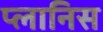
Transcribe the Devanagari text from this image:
प्लानिस